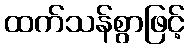
ထက်သန်စွာဖြင့်